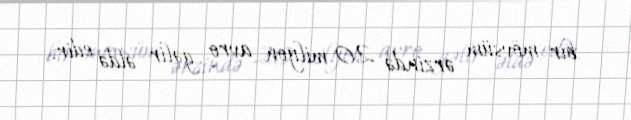
bir mövsüm ərzində 20 milyon avro gəlir əldə edir.